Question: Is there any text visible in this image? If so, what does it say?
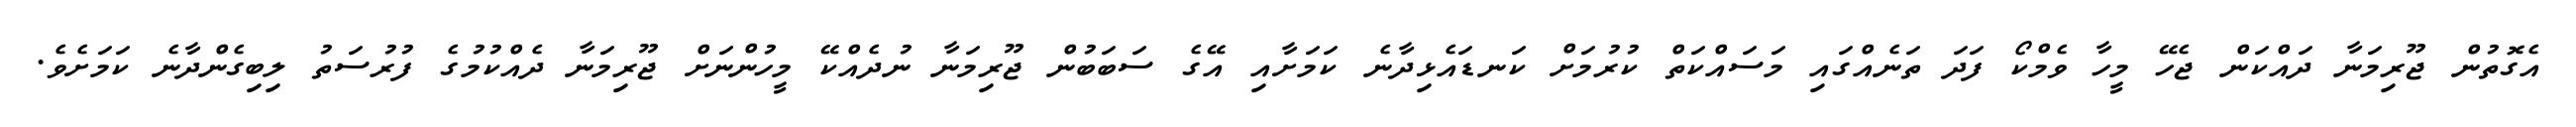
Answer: އެގޮތުން ޖޫރިމަނާ ދައްކަން ޖެހޭ މީހާ ވެމްކޯ ފަދަ ތަނެއްގައި މަސައްކަތް ކުރުމަށް ކަނޑައެޅިދާނެ ކަމަށާއި އޭގެ ސަބަބުން ޖޫރިމަނާ ނުދެއްކޭ މީހުންނަށް ޖޫރިމަނާ ދެއްކުމުގެ ފުރުސަތު ލިބިގެންދާނެ ކަމަށެވެ.